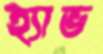
হ্যাভ